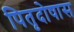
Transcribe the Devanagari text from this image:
पितृदोषास